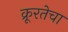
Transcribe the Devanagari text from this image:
क्रूरतेचा